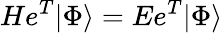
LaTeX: He^{T}|\Phi\rangle=Ee^{T}|\Phi\rangle